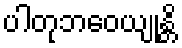
ပါတုဘဝေယျုန္တိ